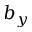
b _ { y }